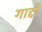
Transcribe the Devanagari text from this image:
गाद्दो